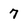
Character: 7